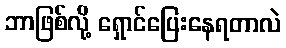
ဘာဖြစ်လို့ ရှောင်ပြေးနေရတာလဲ